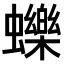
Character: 𧔉